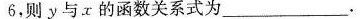
6$$，则y与x的函数关系式为___.